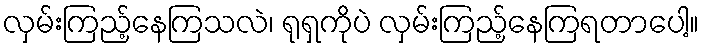
လှမ်းကြည့်နေကြသလဲ၊ ရုရှကိုပဲ လှမ်းကြည့်နေကြရတာပေါ့။